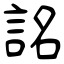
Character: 詺